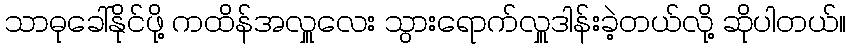
သာဓုခေါ်နိုင်ဖို့ ကထိန်အလှူလေး သွားရောက်လှူဒါန်းခဲ့တယ်လို့ ဆိုပါတယ်။